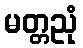
မတ္တညုံ